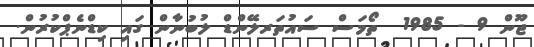
ޖޫން 9 - 1985  ތޯމަސް ސައުތަރލޭންޑް ލުބުނާން ގައި ކިޑްނެޕްކުރުން.